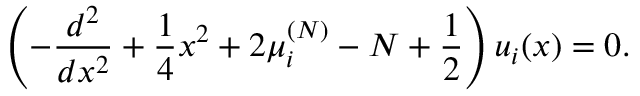
\left( - { \frac { d ^ { 2 } } { d x ^ { 2 } } } + { \frac { 1 } { 4 } } x ^ { 2 } + 2 \mu _ { i } ^ { ( N ) } - N + { \frac { 1 } { 2 } } \right) u _ { i } ( x ) = 0 .